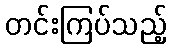
တင်းကြပ်သည့်